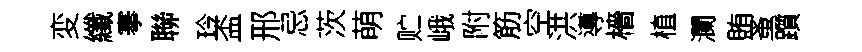
変纖搴聯玲盃邢忌茨萌贮峨附筋空洪導檣植瀾賄蚤躓